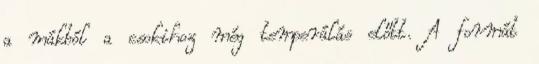
a mákból a csokihoz még temperálás előtt. A formát